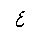
Letter: _ayn